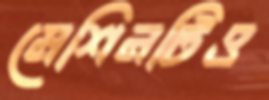
মেশিনটিও